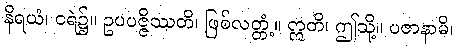
နိရယံ၊ ငရဲ၌။ ဥပပဇ္ဇိဿတိ၊ ဖြစ်လတ္တံ့။ ဣတိ၊ ဤသို့။ ပဇာနာမိ၊